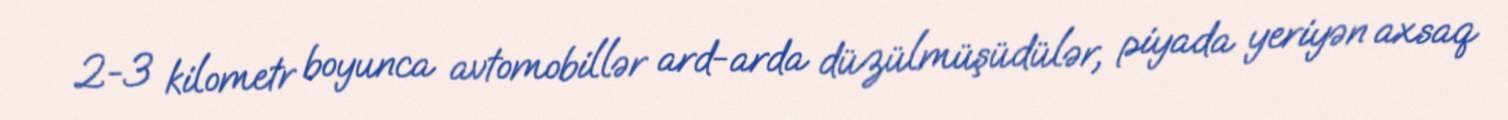
2-3 kilometr boyunca avtomobillər ard-arda düzülmüşüdülər, piyada yeriyən axsaq